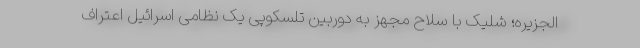
الجزیره؛ شلیک با سلاح مجهز به دوربین تلسکوپی یک نظامی اسرائیل اعتراف